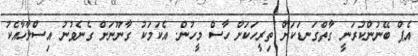
އެޕް ބޭނުންކުރަނީ ގާތްގަނޑަކަށް ތިރީހަކަށް ހާސް މީހުން. އެކަމަކު ގާނޫނަށް ގެނެވުނު އިސްލާހާއެކު